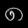
Digit: ၈